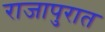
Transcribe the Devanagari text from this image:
राजापुरात